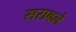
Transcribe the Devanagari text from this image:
सरावले